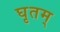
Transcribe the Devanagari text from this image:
घृतम्